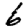
Digit: 6